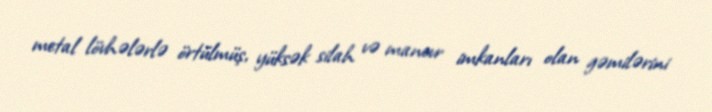
metal lövhələrlə örtülmüş, yüksək silah və manevr imkanları olan gəmilərini